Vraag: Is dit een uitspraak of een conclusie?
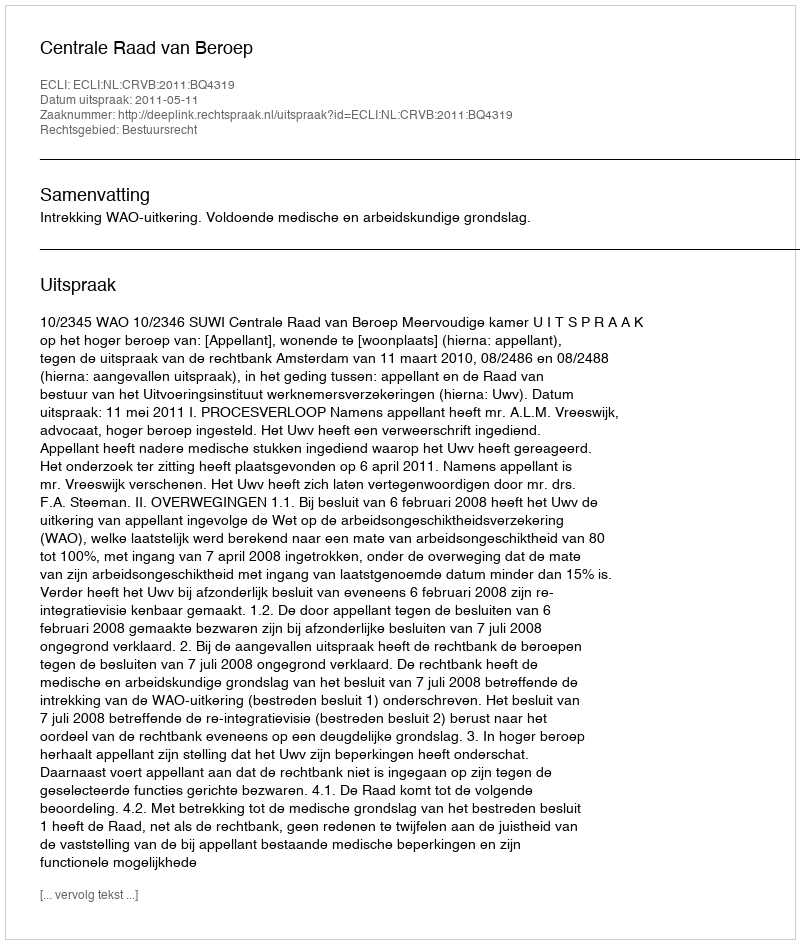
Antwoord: Uitspraak